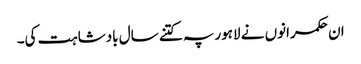
ان حکمرانوں نے لاہور پہ کتنے سال بادشاہت کی۔